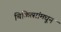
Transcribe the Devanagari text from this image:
चिकित्सांमधून